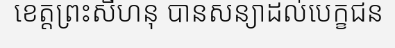
ខេត្តព្រះសីហនុ បានសន្យាដល់បេក្ខជន